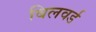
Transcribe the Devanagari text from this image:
बिलवर्ड